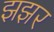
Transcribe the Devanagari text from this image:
झझर